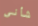
شأني